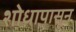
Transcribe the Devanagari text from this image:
शोधापासून